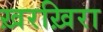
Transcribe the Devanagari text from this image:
ख़रख़िरा